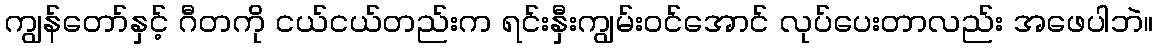
ကျွန်တော်နှင့် ဂီတကို ငယ်ငယ်တည်းက ရင်းနှီးကျွမ်းဝင်အောင် လုပ်ပေးတာလည်း အဖေပါဘဲ။